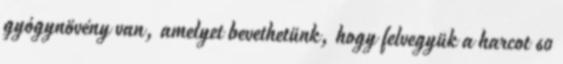
gyógynövény van, amelyet bevethetünk, hogy felvegyük a harcot 60